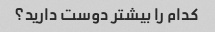
کدام را بیشتر دوست دارید؟